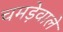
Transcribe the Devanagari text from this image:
चमड़ेवाले